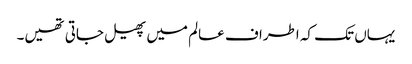
یہاں تک کہ اطراف عالم میں پھیل جاتی تھیں۔